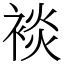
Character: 裧